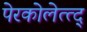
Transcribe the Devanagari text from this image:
पेरकोलेत्त्द्